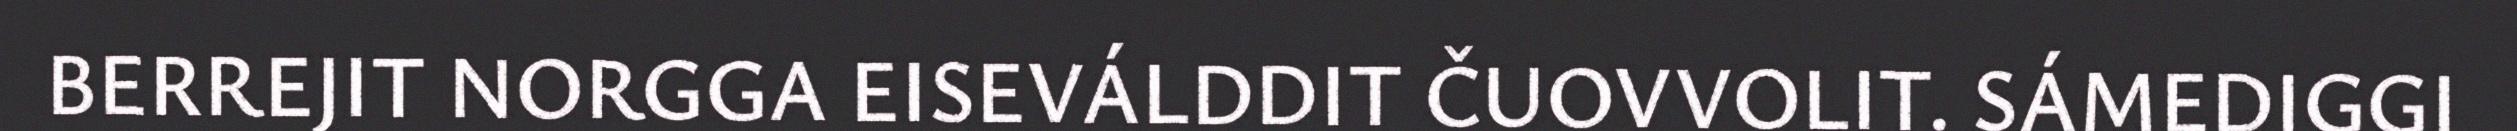
BERREJIT NORGGA EISEVÁLDDIT ČUOVVOLIT. SÁMEDIGGI